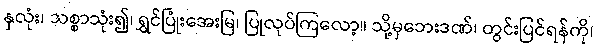
နှလုံး၊ သစ္စာသုံး၍၊ ရွှင်ပြုံးအေးမြ၊ ပြုလုပ်ကြလော့။ သို့မှဘေးဒဏ်၊ တွင်းပြင်ရန်ကို၊